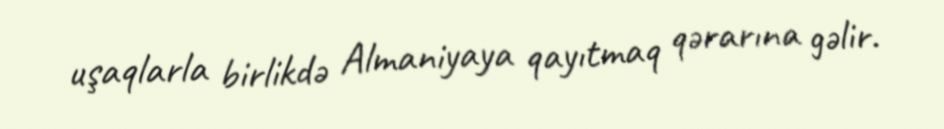
uşaqlarla birlikdə Almaniyaya qayıtmaq qərarına gəlir.